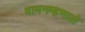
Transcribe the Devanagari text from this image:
वामनम्हणाले